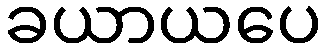
ခယာယပေ